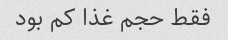
فقط حجم غذا کم بود